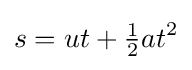
s=ut+{\tfrac {1}{2}}at^{2}